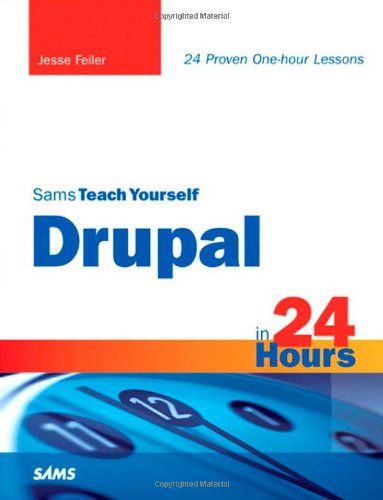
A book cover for Sams Teach Yourself Drupal in 24 Hours; Jesse Feiler; Computers & Technology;